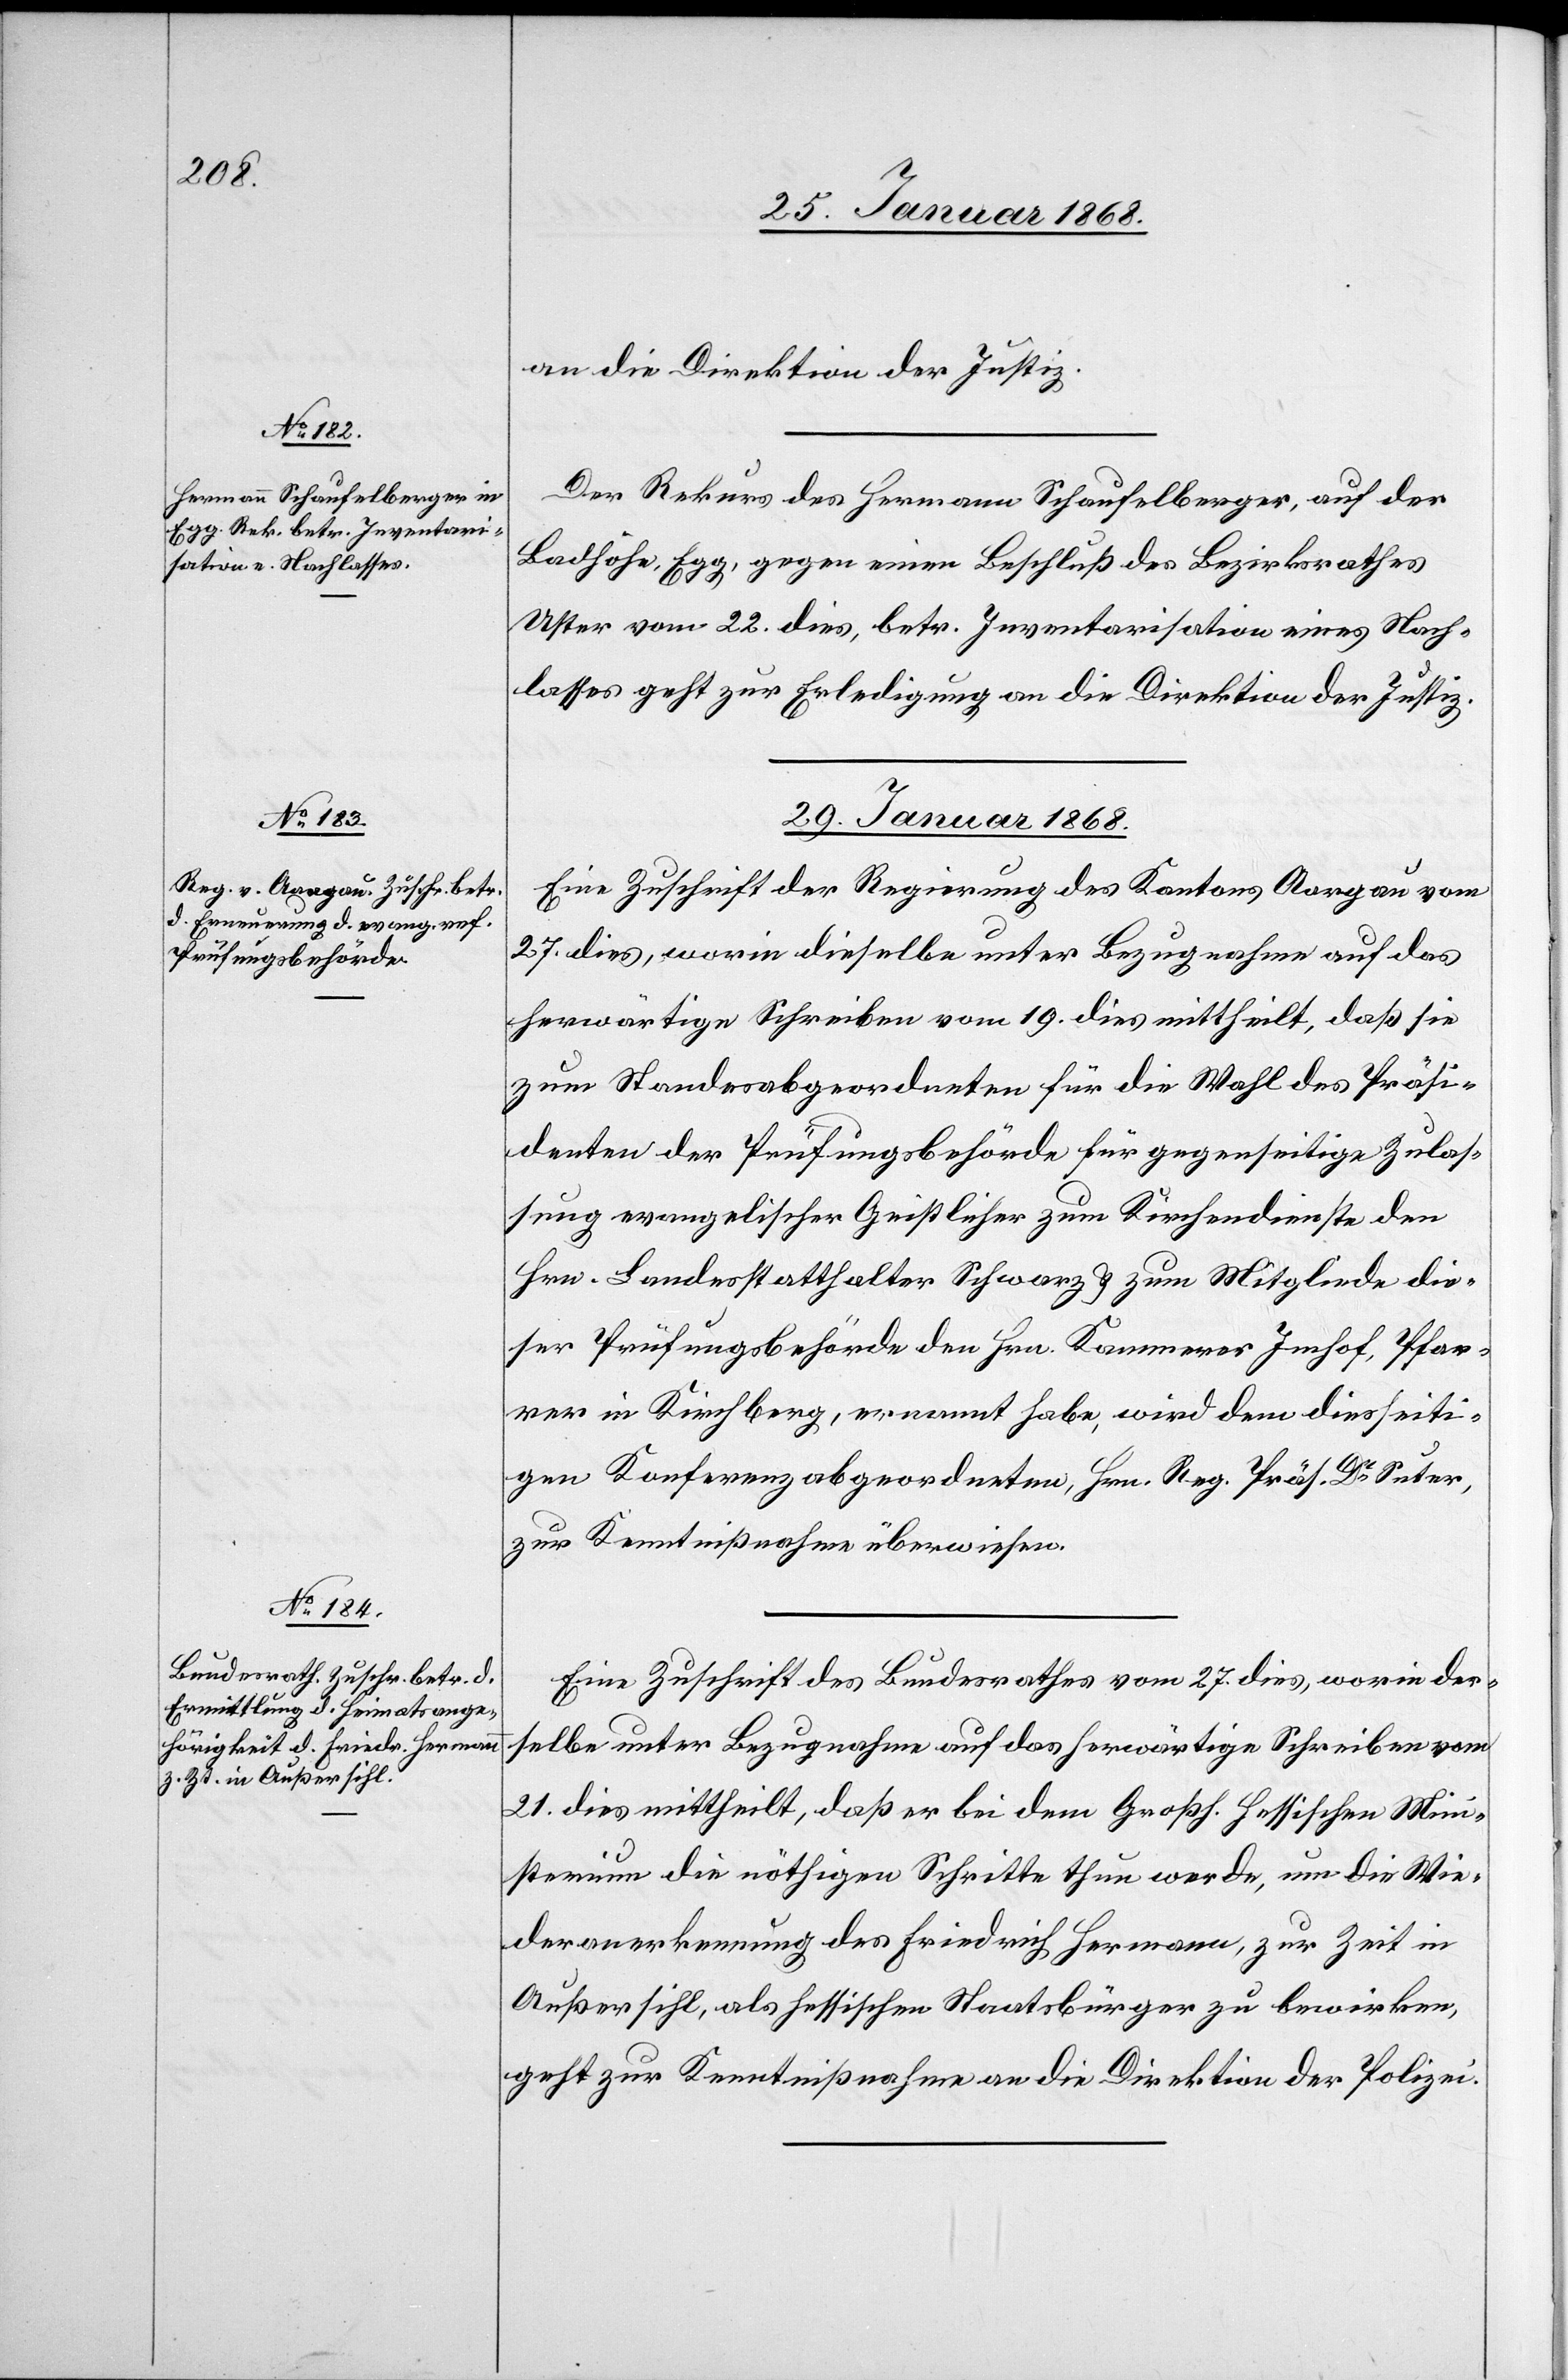
28. Januar 1868.]
an die Direktion der Justiz.
Der Rekurs des Hermann Schaufelberger, auf der
Badhöhe, Egg, gegen einen Beschluß des Bezirksrathes
Uster vom 22. dies, betr. Inventarisation eines Nach¬
lasses geht zur Erledigung an die Direktion der Justiz.
29. Januar 1868.]
Eine Zuschrift der Regierung des Kantons Aargau vom
27. dies, worin dieselbe unter Bezugnahme auf das
herwärtige Schreiben vom 19. dies mittheilt, daß sie
zum Standesabgeordneten für die Wahl des Präsi¬
denten der Prüfungsbehörde für gegenseitige Zulas¬
sung evangelischer Geistlicher zum Kirchendienste den
Hrn. Landesstatthalter Schwarz & zum Mitgliede die¬
ser Prüfungsbehörde den Hrn. Kammerer Imhof, Pfar¬
rer in Kirchberg, ernannt habe, wird dem diesseiti¬
gen Konferenzabgeordneten, Hrn. Reg. Präs. Dr. Suter,
zur Kenntnißnahme überwiesen.
Eine Zuschrift des Bundesrathes vom 27. dies, worin der¬
selbe unter Bezugnahme auf das herwärtige Schreiben vom
21. dies mittheilt, daß er bei dem Großh. Hessischen Mini¬
sterium die nöthigen Schritte thun werde, um die Wie¬
deranerkennung des Friedrich Hermann, zur Zeit in
Außersihl, als hessischen Staatsbürger zu bewirken,
geht zur Kenntnißnahme an die Direktion der Polizei.